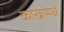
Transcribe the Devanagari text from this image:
काखांमधे